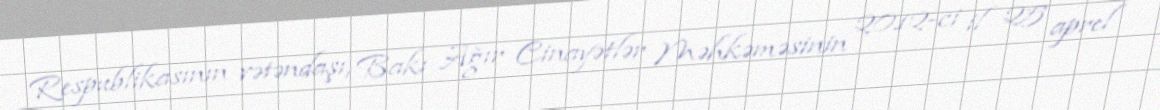
Respublikasının vətəndaşı, Bakı Ağır Cinayətlər Məhkəməsinin 2012-ci il 25 aprel